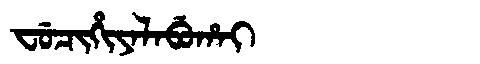
Manchu: ᠸᡠᠴᡳᡥᡳᠶᠠᠯᠠᠪᡠᡥᠠᡳ
Romanization: FUCIHIYALABUHAI